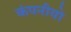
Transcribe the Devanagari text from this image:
कंपनीयो